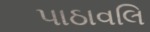
પાઠાવલિ